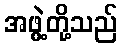
အဖွဲ့တို့သည်